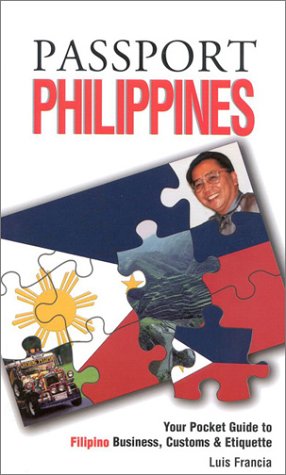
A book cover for Passport Philippines: Your Pocket Guide to Filipino Business, Customs & Etiquette (Passport to the World); World Trade Press; Travel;